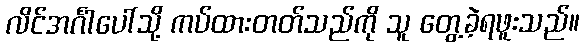
လိင်အင်္ဂါပေါ်သို့ ကပ်ထားတတ်သည်ကို သူ တွေ့ခဲ့ရဖူးသည်။